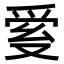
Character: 𤔐